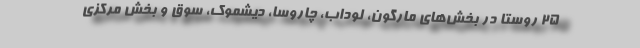
۲۵ روستا در بخش‌های مارگون، لوداب، چاروسا، دیشموک، سوق و بخش مرکزی